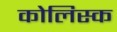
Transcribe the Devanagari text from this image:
कोलिस्क